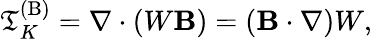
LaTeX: \mathfrak{T}_{K}^{(\mathrm{{{B}}})}=\nabla\cdot(W{\mathbf{{B}}})=({\mathbf{{B}}}\cdot\nabla)W,